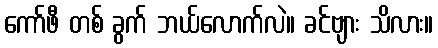
ကော်ဖီ တစ် ခွက် ဘယ်လောက်လဲ။ ခင်ဗျား သိလား။